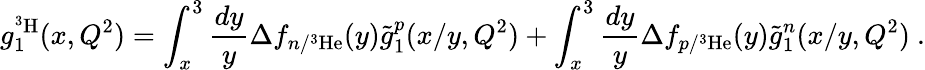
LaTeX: g_{1}^{^3\mathrm{H}}(x,Q^{2})=\int_{x}^{3}\frac{dy}{y}\Delta f_{n/^{3}\mathrm{He}}(y)\tilde{g}_{1}^{p}(x/y,Q^{2})+\int_{x}^{3}\frac{dy}{y}\Delta f_{p/^{3}\mathrm{He}}(y)\tilde{g}_{1}^{n}(x/y,Q^{2})\ .